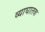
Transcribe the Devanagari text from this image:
व्याघातक